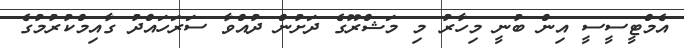
އެމްޓީސީސީ އިން ބުނީ މިހާރު މި މަޝްރޫގެ ދަށުން ދުއްވާ ސަރަހައްދު ގާއިމްކުރުމުގެ